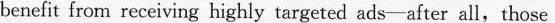
benefit from receiving highly targeted ads-after all, thosc